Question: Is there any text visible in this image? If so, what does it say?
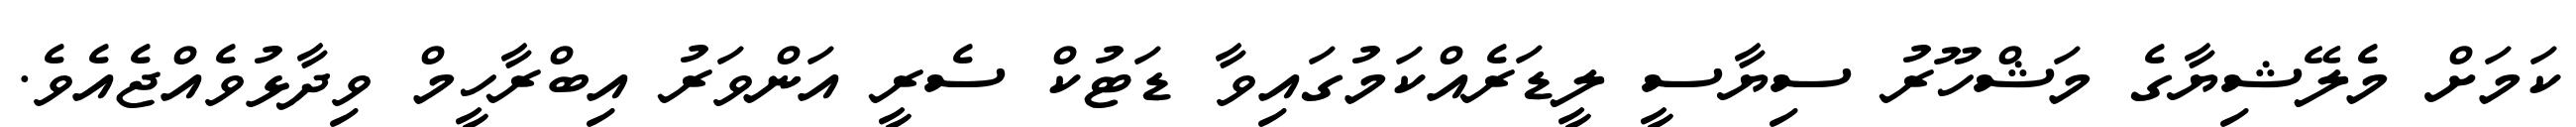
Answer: ކަމަށް މެލޭޝިޔާގެ މަޝްހޫރު ސިޔާސީ ލީޑަރެއްކަމުގައިވާ ޑަޓުކް ސެރީ އަންވަރު އިބްރާހީމް ވިދާޅުވެއްޖެއެވެ.